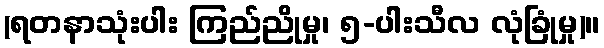
(ရတနာသုံးပါး ကြည်ညိုမှု၊ ၅-ပါးသီလ လုံခြုံမှု)။